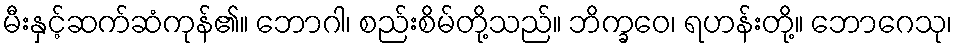
မီးနှင့်ဆက်ဆံကုန်၏။ ဘောဂါ၊ စည်းစိမ်တို့သည်။ ဘိက္ခဝေ၊ ရဟန်းတို့။ ဘောဂေသု၊